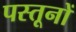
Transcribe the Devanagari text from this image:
पस्तूनों